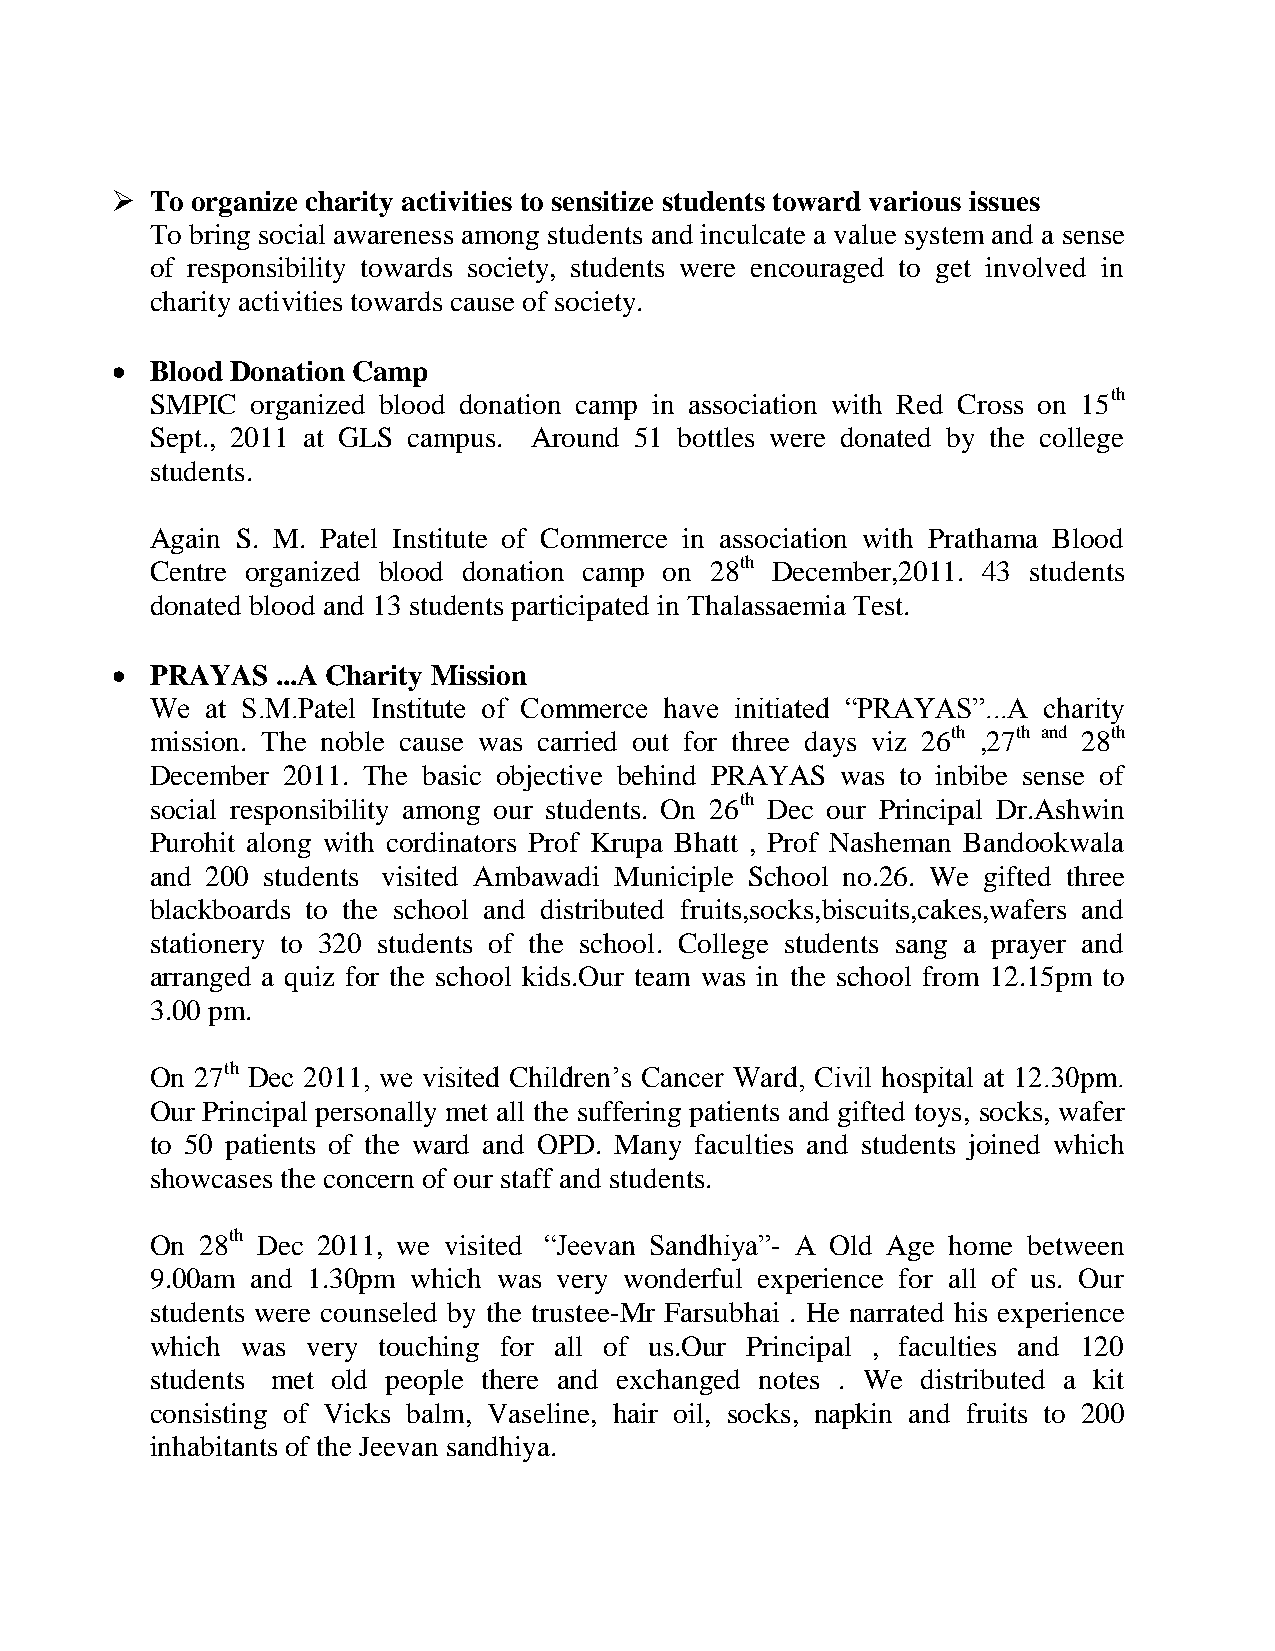
  To organize charity activities to sensitize students toward various issues
 To bring social awareness among students and inculcate a value system and a sense
 of responsibility towards society, students were encouraged to get involved in
 charity activities towards cause of society.
   Blood Donation Camp
 SMPIC  organized blood donation camp in association with Red Cross on 15th
 Sept., 2011 at GLS campus. Around 51 bottles were donated by the college
 students.
 Again S. M. Patel Institute of Commerce in association with Prathama Blood
 Centre organized blood donation camp on 28th December,2011. 43 students
 donated blood and 13 students participated in Thalassaemia Test.
   PRAYAS  ...A Charity Mission
 We  at S.M.Patel Institute of Commerce have initiated “PRAYAS”...A charity
 mission. The noble cause was carried out for three days viz 26th ,27th and 28th
 December 2011. The basic objective behind PRAYAS was to inbibe sense of
 social responsibility among our students. On 26th Dec our Principal Dr.Ashwin
 Purohit along with cordinators Prof Krupa Bhatt , Prof Nasheman Bandookwala
 and 200 students visited Ambawadi Municiple School no.26. We gifted three
 blackboards to the school and distributed fruits,socks,biscuits,cakes,wafers and
 stationery to 320 students of the school. College students sang a prayer and
 arranged a quiz for the school kids.Our team was in the school from 12.15pm to
 3.00 pm.
 On 27th Dec 2011, we visited Children‟s Cancer Ward, Civil hospital at 12.30pm.
 Our Principal personally met all the suffering patients and gifted toys, socks, wafer
 to 50 patients of the ward and OPD. Many faculties and students joined which
 showcases the concern of our staff and students.
 On 28th Dec 2011, we visited “Jeevan Sandhiya”- A Old Age home between
 9.00am and 1.30pm which was very wonderful experience for all of us. Our
 students were counseled by the trustee-Mr Farsubhai . He narrated his experience
 which was very touching for all of us.Our Principal , faculties and 120
 students met old people there and exchanged notes . We distributed a kit
 consisting of Vicks balm, Vaseline, hair oil, socks, napkin and fruits to 200
 inhabitants of the Jeevan sandhiya.